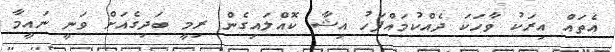
އެތައް އިރަކު ވާހަކަ ދެއްކުމައްފަހު އިޝާ ކޮއްލައިގެން ރިމީ ބަދިގެއަށް ވަނީ ނައީމާ